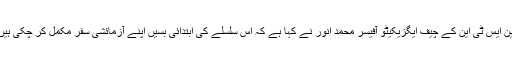
این ایس ٹی این کے چیف ایگزیکیٹو آفیسر محمد انور نے کہا ہے کہ اس سلسلے کی ابتدائی بسیں اپنے آزمائشی سفر مکمل کر چکی ہیں۔